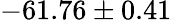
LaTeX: -61.76\pm 0.41